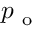
p _ { \mathrm { ~ o ~ } }